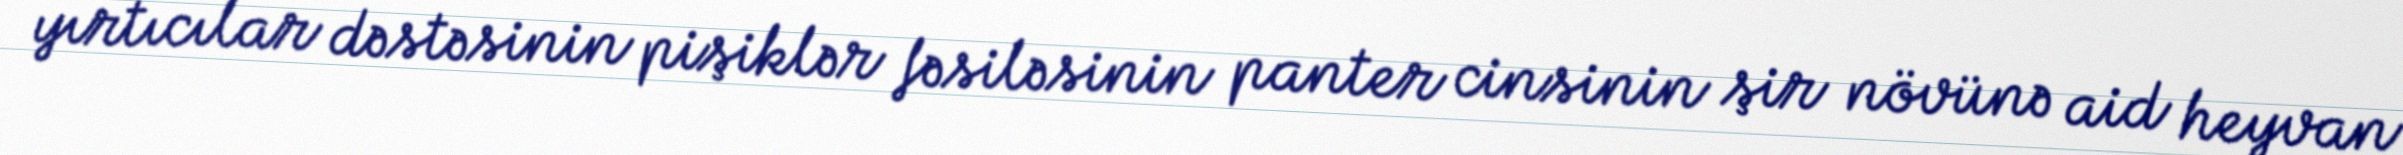
yırtıcılar dəstəsinin pişiklər fəsiləsinin panter cinsinin şir növünə aid heyvan